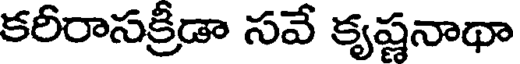
కరీరాసక్రీడా సవే కృష్ణనాథా